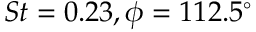
S t = 0 . 2 3 , \phi = 1 1 2 . 5 ^ { \circ }